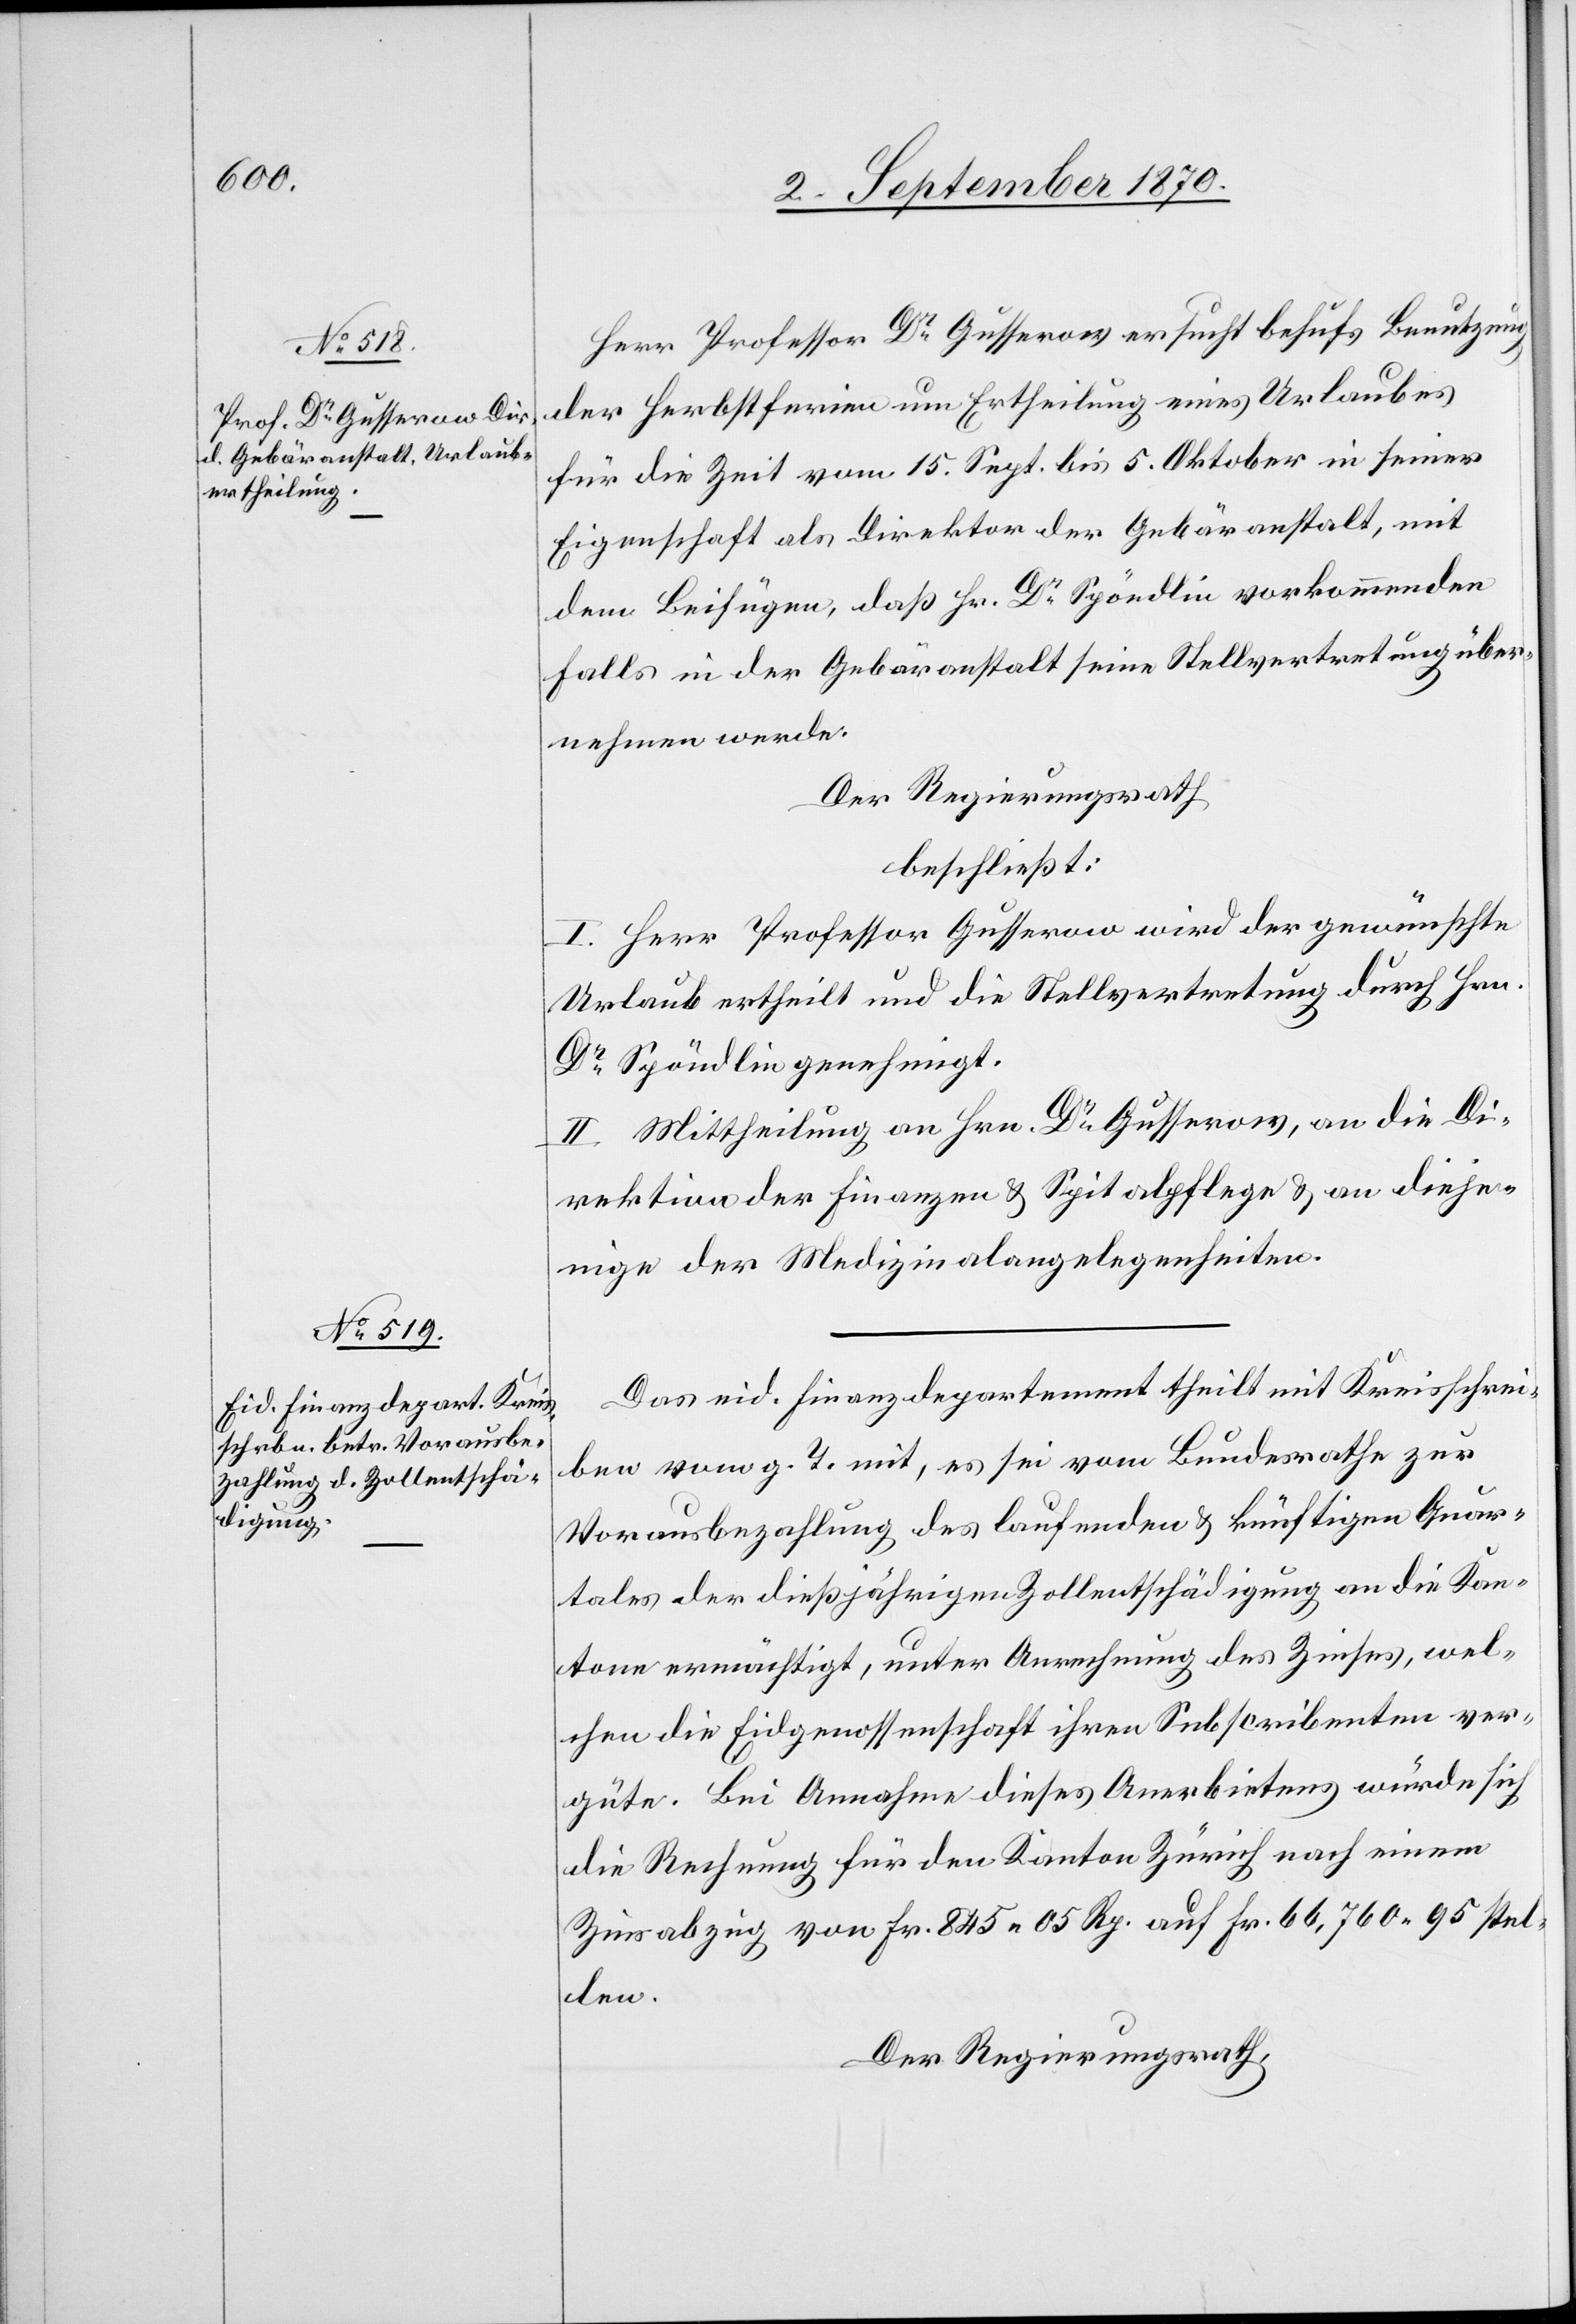
Herr Professor Dr Gusserow ersucht behufs Benutzung
der Herbstferien um Ertheilung eines Urlaubes
für die Zeit vom 15. Sept. bis 5. Oktober in seiner
Eigenschaft als Direktor der Gebäranstalt, mit
dem Beifügen, daß Hr. Dr Spöndlin vorkommenden
Falls in der Gebäranstalt seine Stellvertretung über¬
nehmen werde.
Der Regierungsrath
beschließt:
I. Herr Professor Gusserow wird der gewünschte
Urlaub ertheilt und die Stellvertretung durch Hrn.
Dr Spöndlin genehmigt.
II. Mittheilung an Hrn. Dr Gusserow, an die Di¬
rektion der Finanzen & Spitalpflege & an dieje¬
nige der Medizinalangelegenheiten.
Das eid. Finanzdirektion theilt mit Kreisschrei¬
ben vom g. T. mit, es sei vom Bundesrathe zur
Vorausbezahlung des laufenden & künftigen Quar¬
tales der dießjährigen Zollentschädigung an die Kan¬
tone ermächtigt, unter Anrechnung des Zinses, wel¬
chen die Eidgenossenschaft ihren Subscribenten ver¬
güte. Bei Annahme dieses Anerbietens würde sich
die Rechnung für den Kanton Zürich nach einem
Zinsabzug von Fr. 845.06 Rp auf Fr. 66,760.95 stel¬
len.
Der Regierungsrath,